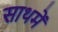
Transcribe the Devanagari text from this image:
साथमें